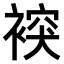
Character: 𧛗